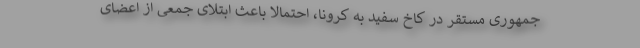
جمهوری مستقر در کاخ سفید به کرونا، احتمالا باعث ابتلای جمعی از اعضای